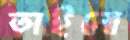
তাইনো